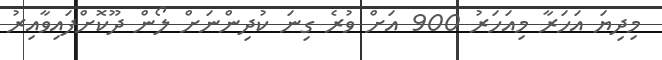
މިދިޔަ އަހަރާ މިއަހަރު 900 އަށް ވުރެ ގިނަ ކުދިންނަށް ލޯން ދޫކޮށްފައިވާއިރު